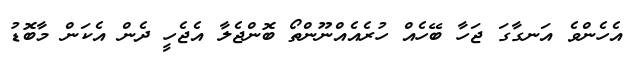
އެހެންވެ އަނގާގަ ޖަހާ ބޭހެއް ހުރެއެއްނޫންތޯ ބޮންޖެލާ އެޖެހީ ދެން އެކަން މާބޮޑު